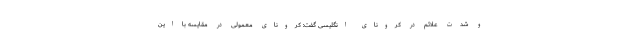
و شدت علائم در کرونای انگلیسی گفت: کرونای معمولی در مقایسه با این